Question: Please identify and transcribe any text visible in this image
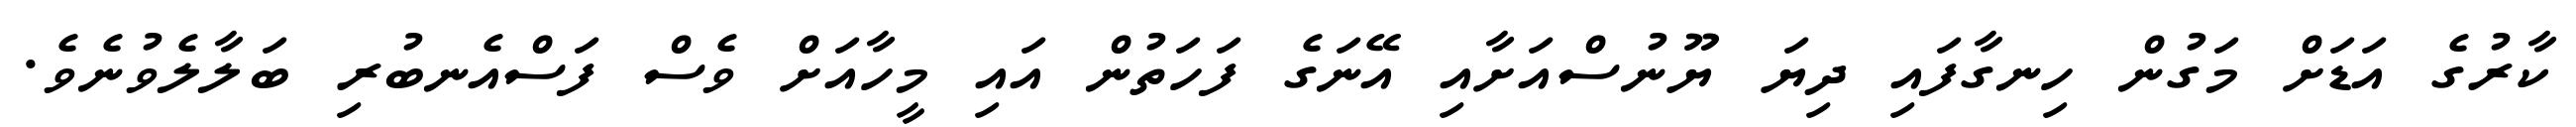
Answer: ކާރުގެ އަޑަށް މަގުން ހިނގާފައި ދިޔަ ޔޫނުސްއަށާއި އޭނަގެ ފަހަތުން އައި މީހާއަށް ވެސް ފަސްއެނބުރި ބަލާލެވުނެވެ.